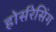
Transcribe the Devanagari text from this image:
होर्सरेसिंग